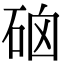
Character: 硇